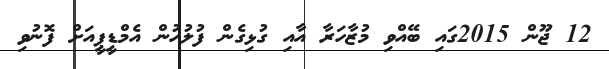
12 ޖޫން 2015ގައި ބޭއްވި މުޒާހަރާ އާއި ގުޅިގެން ފުލުހުން އެމްޑީޕީއަށް ފޮނުވި